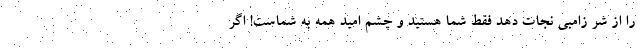
را از شر زامبی نجات دهد فقط شما هستید و چشم امید همه به شماست! اگر